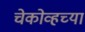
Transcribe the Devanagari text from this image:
चेकोव्हच्या